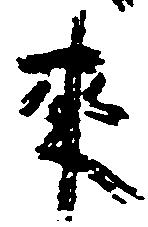
来